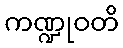
ကဏ္ဍုဝတိ